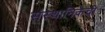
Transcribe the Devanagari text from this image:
संस्थानिकेची